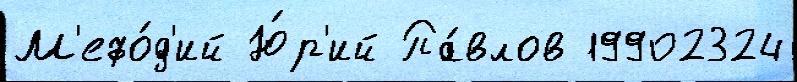
М'ефо́д'ий Ю́р'ий Па́влов 19902324